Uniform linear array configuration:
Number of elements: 12
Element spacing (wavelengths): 1
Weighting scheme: cosine
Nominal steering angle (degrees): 45
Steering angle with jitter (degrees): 43.294
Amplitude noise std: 0.05
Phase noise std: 0.05

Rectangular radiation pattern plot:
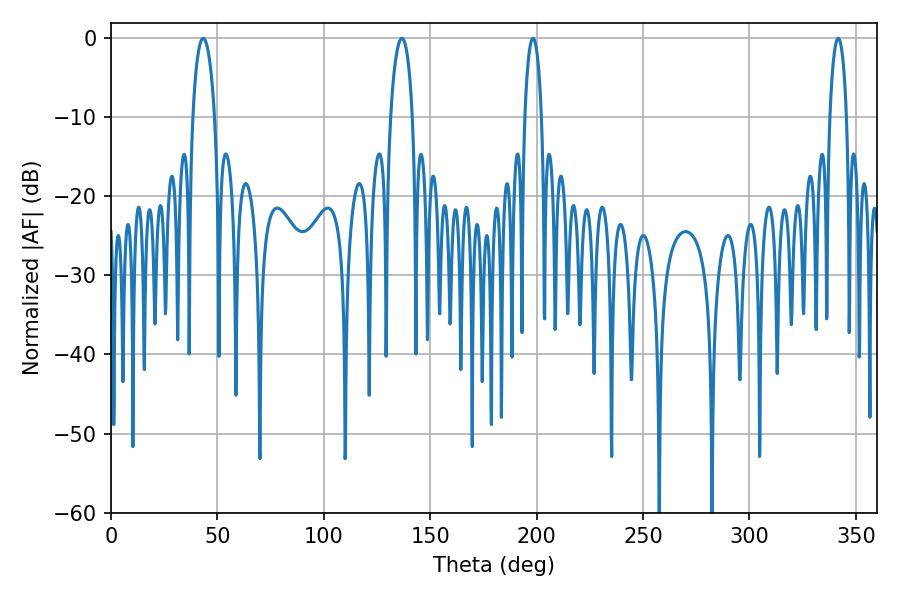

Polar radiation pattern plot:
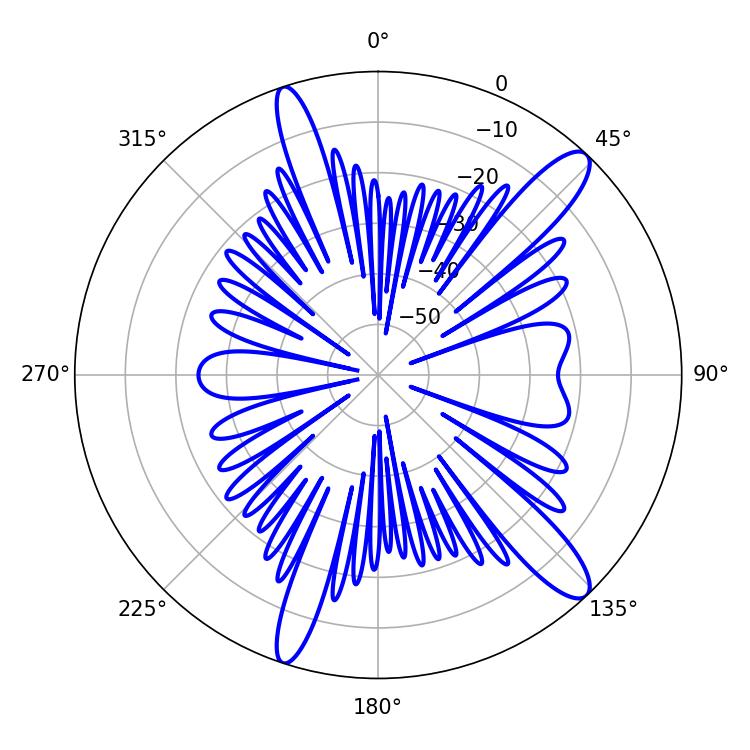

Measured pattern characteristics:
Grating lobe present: TRUE
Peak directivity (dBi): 12.907
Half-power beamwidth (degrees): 5.76
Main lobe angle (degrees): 43.38